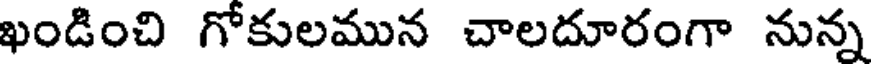
ఖండించి గోకులమున చాలదూరంగా నున్న